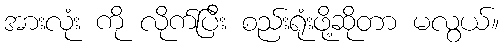
အားလုံး ကို လိုက်ပြီး စည်းရုံးဖို့ဆိုတာ မလွယ်။